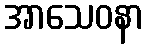
အာသေဝနာ